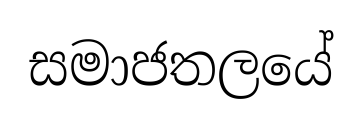
සමාජතලයේ